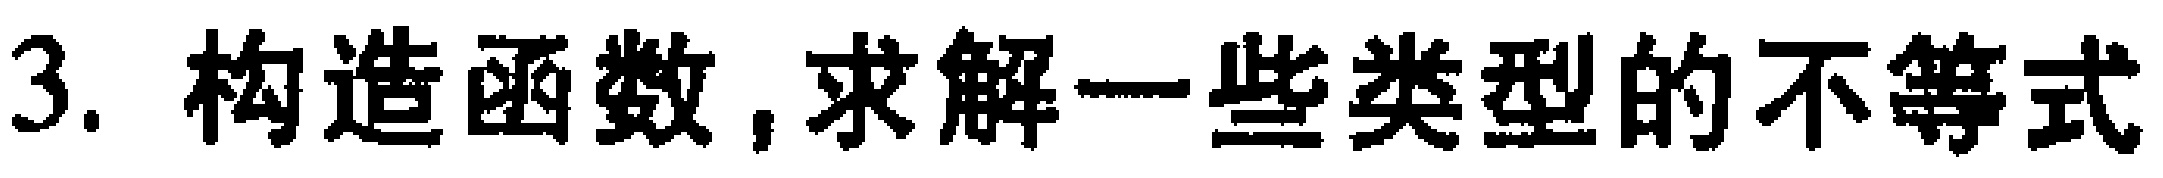
3. 构造函数,求解一些类型的不等式